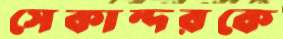
সেকান্দরকে